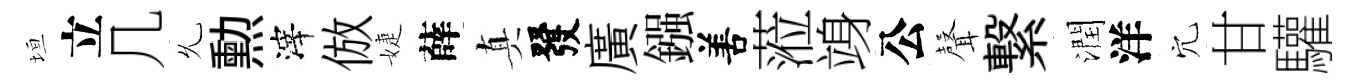
垣立几𠃔勲滓倣婕薛真發廣鏹𠵊蒞竧公𮋻繋潤洋穴甘驩